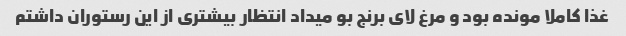
غذا کاملا مونده بود و مرغ لای برنج بو میداد انتظار بیشتری از این رستوران داشتم